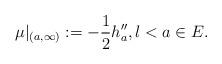
LaTeX: \begin{align*}\mu|_{(a,\infty)}:=-\frac{1}{2}h''_a,l< a\in E. \end{align*}